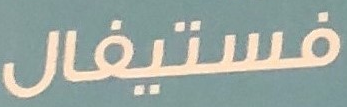
فستيفال